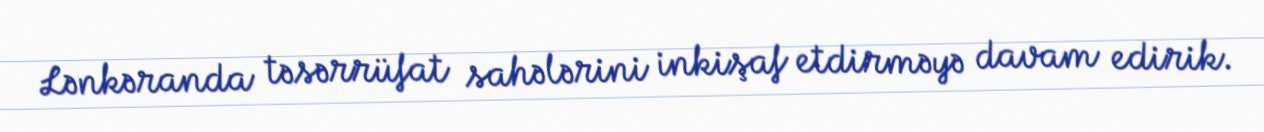
Lənkəranda təsərrüfat sahələrini inkişaf etdirməyə davam edirik.